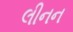
લીનન